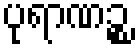
ပုရာဏဉ္စ